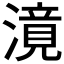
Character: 𣽾